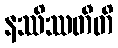
နဿိဿတီတိ